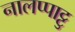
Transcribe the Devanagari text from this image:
नालप्पाट्टु